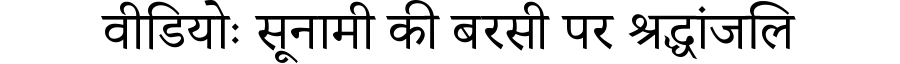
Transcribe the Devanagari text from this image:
वीडियोः सूनामी की बरसी पर श्रद्धांजलि